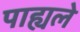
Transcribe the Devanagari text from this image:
पाह्यले